Lunatic asylums Madras 1892-1911 - 1892-1911
Year: 1892
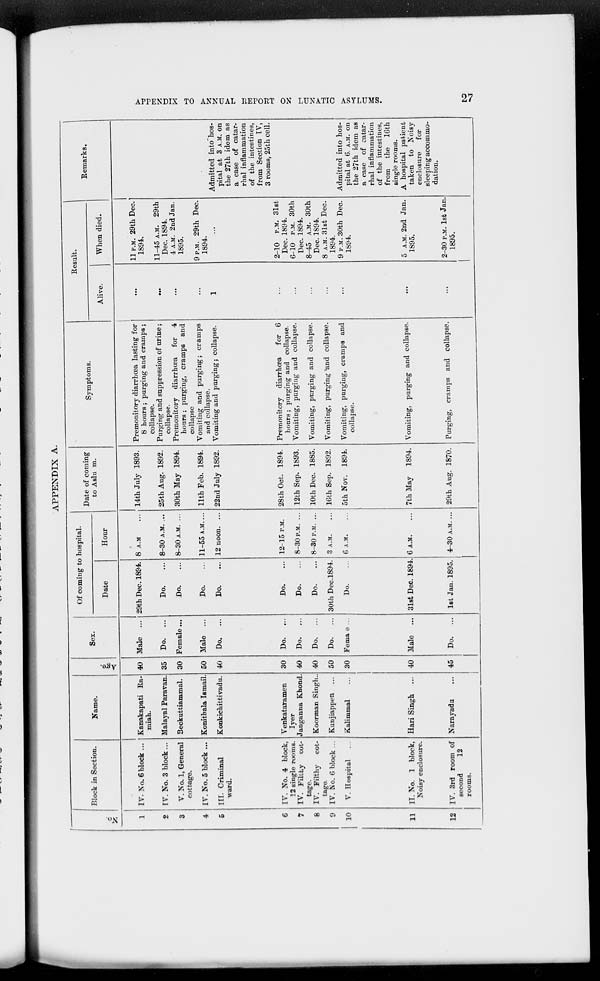
APPENDIX TO ANNUAL REPORT ON LUNATIC ASYLUMS.
27
APPENDIX A.
No.
1
2
3
4
5
6
7
8
9
10
11
12
Block in Section.
IV. No. 6 block ...
IV. No. 3 block ...
V. No. 1, General
cottage.
IV. No. 5 block ...
III. Criminal
ward.
IV. No. 4 block,
12 single rooms.
IV. Filthy
cot-
tage.
IV. Filthy
cot-
tage
IV. No. 6 block ...
V. Hospital
II. No. 1 block,
Noisy enclosure.
IV. 3rd room of
second
12
rooms.
Name.
Kanakapati Ra-
miah.
Malayal Paravan.
Beckuttiammal.
Konithala Ismail.
Konkichittivadu.
Venkataramen
Iyer
Janganna Khond.
Koorman Singh..
Kunjiappen ...
Kalimmal ...
Hari Singh ...
Narayadu
...
Age.
40
35
30
50
40
30
40
40
50
30
40
45
Sex.
Male ...
Do. ...
Female ...
Male ...
Do. ...
Do.
...
Do.
...
Do. ...
Do.
...
Female ...
Male ...
Do.
...
Of coming to hospital.
Date
29th Dec. 1894.
Do. ...
Do. ...
Do. ...
Do. ...
Do. ...
Do. ...
Do. ...
30th Dec.1894.
Do. ...
31st Dec. 1894.
1st Jan. 1895.
Hour
8 A.M ...
8—30 A.M. ...
8—30 A.M. ...
11—55 A.M. ...
12 noon. ...
12—15 P.M.
8—30 P.M. ...
8—30 P.M. ...
3 A.M. ...
6 A.M. ...
6 A.M. ...
4–30A.M. ...
Date of coming
to Aslum.
14th July 1893.
25th Aug. 1892.
30th May 1894.
11th Feb. 1894.
22nd July 1892.
28th Oct. 1894.
12th Sep. 1893.
10th Dec. 1885.
16th Sep. 1892.
5th Nov. 1894.
7th May
1894.
29th Aug. 1870.
Symptoms.
Premonitory diarrhœa lasting for
8 hours ; purging and cramps ;
collapse.
Purging and suppression of urine;
collapse.
Premonitory diarrhœa
for
4
hours; purging, cramps and
collapse
Vomiting and purging; cramps
and collapse.
Vomiting and purging ; collapse.
Premonitory diarrhœa
for 6
hours ; purging and collapse.
Vomiting, purging and collapse.
Vomiting, purging and collapse.
Vomiting, purging and collapse.
Vomiting, purging, cramps and
collapse.
Vomiting, purging and collapse.
Purging, cramps and collapse.
Result.
Alive.
...
...
...
...
1
...
...
...
...
...
...
...
When died.
11 P.M. 29th Dec.
1894.
11—45 A.M. 29th
Dec. 1894.
4 A.M. 2nd Jan.
1895.
9 P.M. 29th Dec.
1894.
...
2—10 P.M. 31st
Dec. 1894.
6—10 P.M. 30th
Dec. 1894.
8—45 A.M. 30th
Dec. 1894.
8 A.M. 31st Dec.
1894.
9 P.M. 30th Dec.
1894.
5 A.M. 2nd Jan.
1895.
2—30 P.M. 1st Jan.
1895.
Remarks.
Admitted into hos-
pital at 3 A.M. on
the 27th idem as
a case of catar-
rhal inflammation
of the intestines,
from Section IV,
3 rooms, 25th cell.
Admitted into hos-
pital at 6. A.M. on
the 27th idem as
a case of catar-
rhal inflammation
of the intestines,
from
the
16th
single rooms.
A hospital patient
taken to Noisy
enclosure
for
sleeping accommo-
dation.